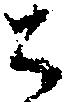
ち